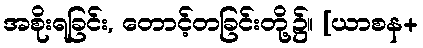
အစိုးရခြင်း, တောင့်တခြင်းတို့၌။ [ယာစန+